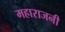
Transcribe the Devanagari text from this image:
महाराजनी